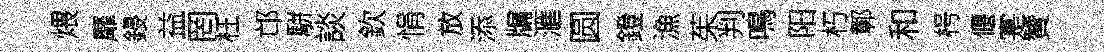
煨靡鋟益罔枉邙駢談欽悁放添牖滙圆鐙漁茱判鳴阳朽鄣和枵偃寔贊